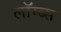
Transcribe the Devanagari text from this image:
लॉम्ब्स